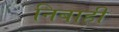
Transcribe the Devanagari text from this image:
निबाही